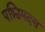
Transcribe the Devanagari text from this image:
पश्चिमदत्त